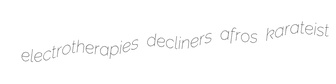
electrotherapies decliners afros karateist